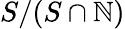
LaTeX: S/(S\cap\mathbb{N})